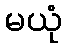
မယုံ